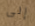
إلى